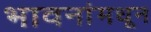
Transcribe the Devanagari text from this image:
भावनांमधून